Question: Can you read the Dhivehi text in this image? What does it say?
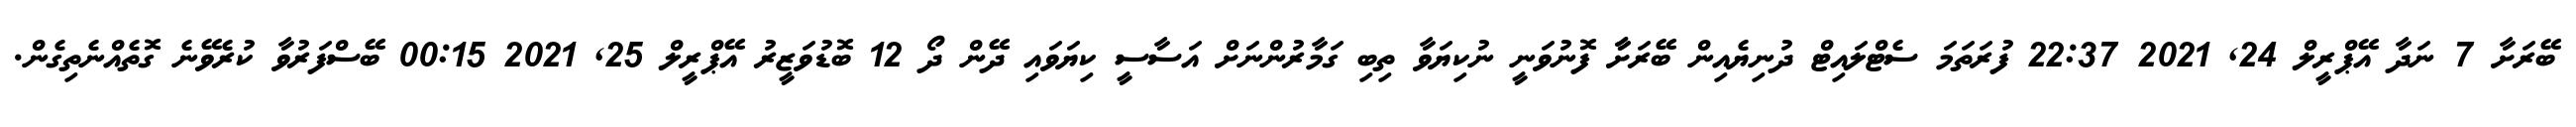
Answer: ބޭރަށާ 7 ނަދާ އޭޕްރީލް 24, 2021 22:37 ފުރަތަމަ ސެޓްލައިޓް ދުނިޔެއިން ބޭރަށާާ ފޮނުވަނީ ނުކިޔަވާ ތިބި ގަމާރުންނަށް އަސާސީ ކިޔަވައި ދޭން ދޯ 12 ބޮޑުވަޒީރު އޭޕްރީލް 25, 2021 00:15 ބޭސްފަރުވާ ކުރެވޭނެ ގޮތެއްނެތިގެން.